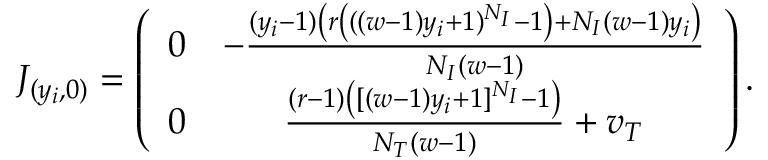
J _ { ( y _ { i } , 0 ) } = \left( \begin{array} { c c } { 0 } & { - \frac { ( y _ { i } - 1 ) \left( r \left( ( ( w - 1 ) y _ { i } + 1 ) ^ { N _ { I } } - 1 \right) + N _ { I } ( w - 1 ) y _ { i } \right) } { N _ { I } ( w - 1 ) } } \\ { 0 } & { \frac { ( r - 1 ) \left( [ ( w - 1 ) y _ { i } + 1 ] ^ { N _ { I } } - 1 \right) } { N _ { T } ( w - 1 ) } + v _ { T } } \end{array} \right) .